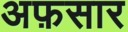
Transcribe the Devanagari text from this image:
अफ़सार